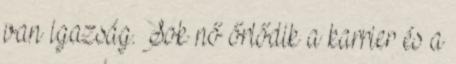
van igazság. Sok nő őrlődik a karrier és a